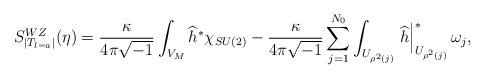
\begin{align*}S_{|T_{l=a}|}^{WZ}(\eta )=\frac{\kappa }{4\pi \sqrt{-1}}\int_{V_{M}}\widehat{h}^{\ast }\chi _{SU(2)}-\frac{\kappa }{4\pi \sqrt{-1}}\sum_{j=1}^{N_{0}}\int_{U_{\rho ^{2}(j)}}\left. \widehat{h}\right| _{U_{\rho ^{2}(j)}}^{\ast}\omega _{j},\end{align*}